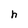
Character: h